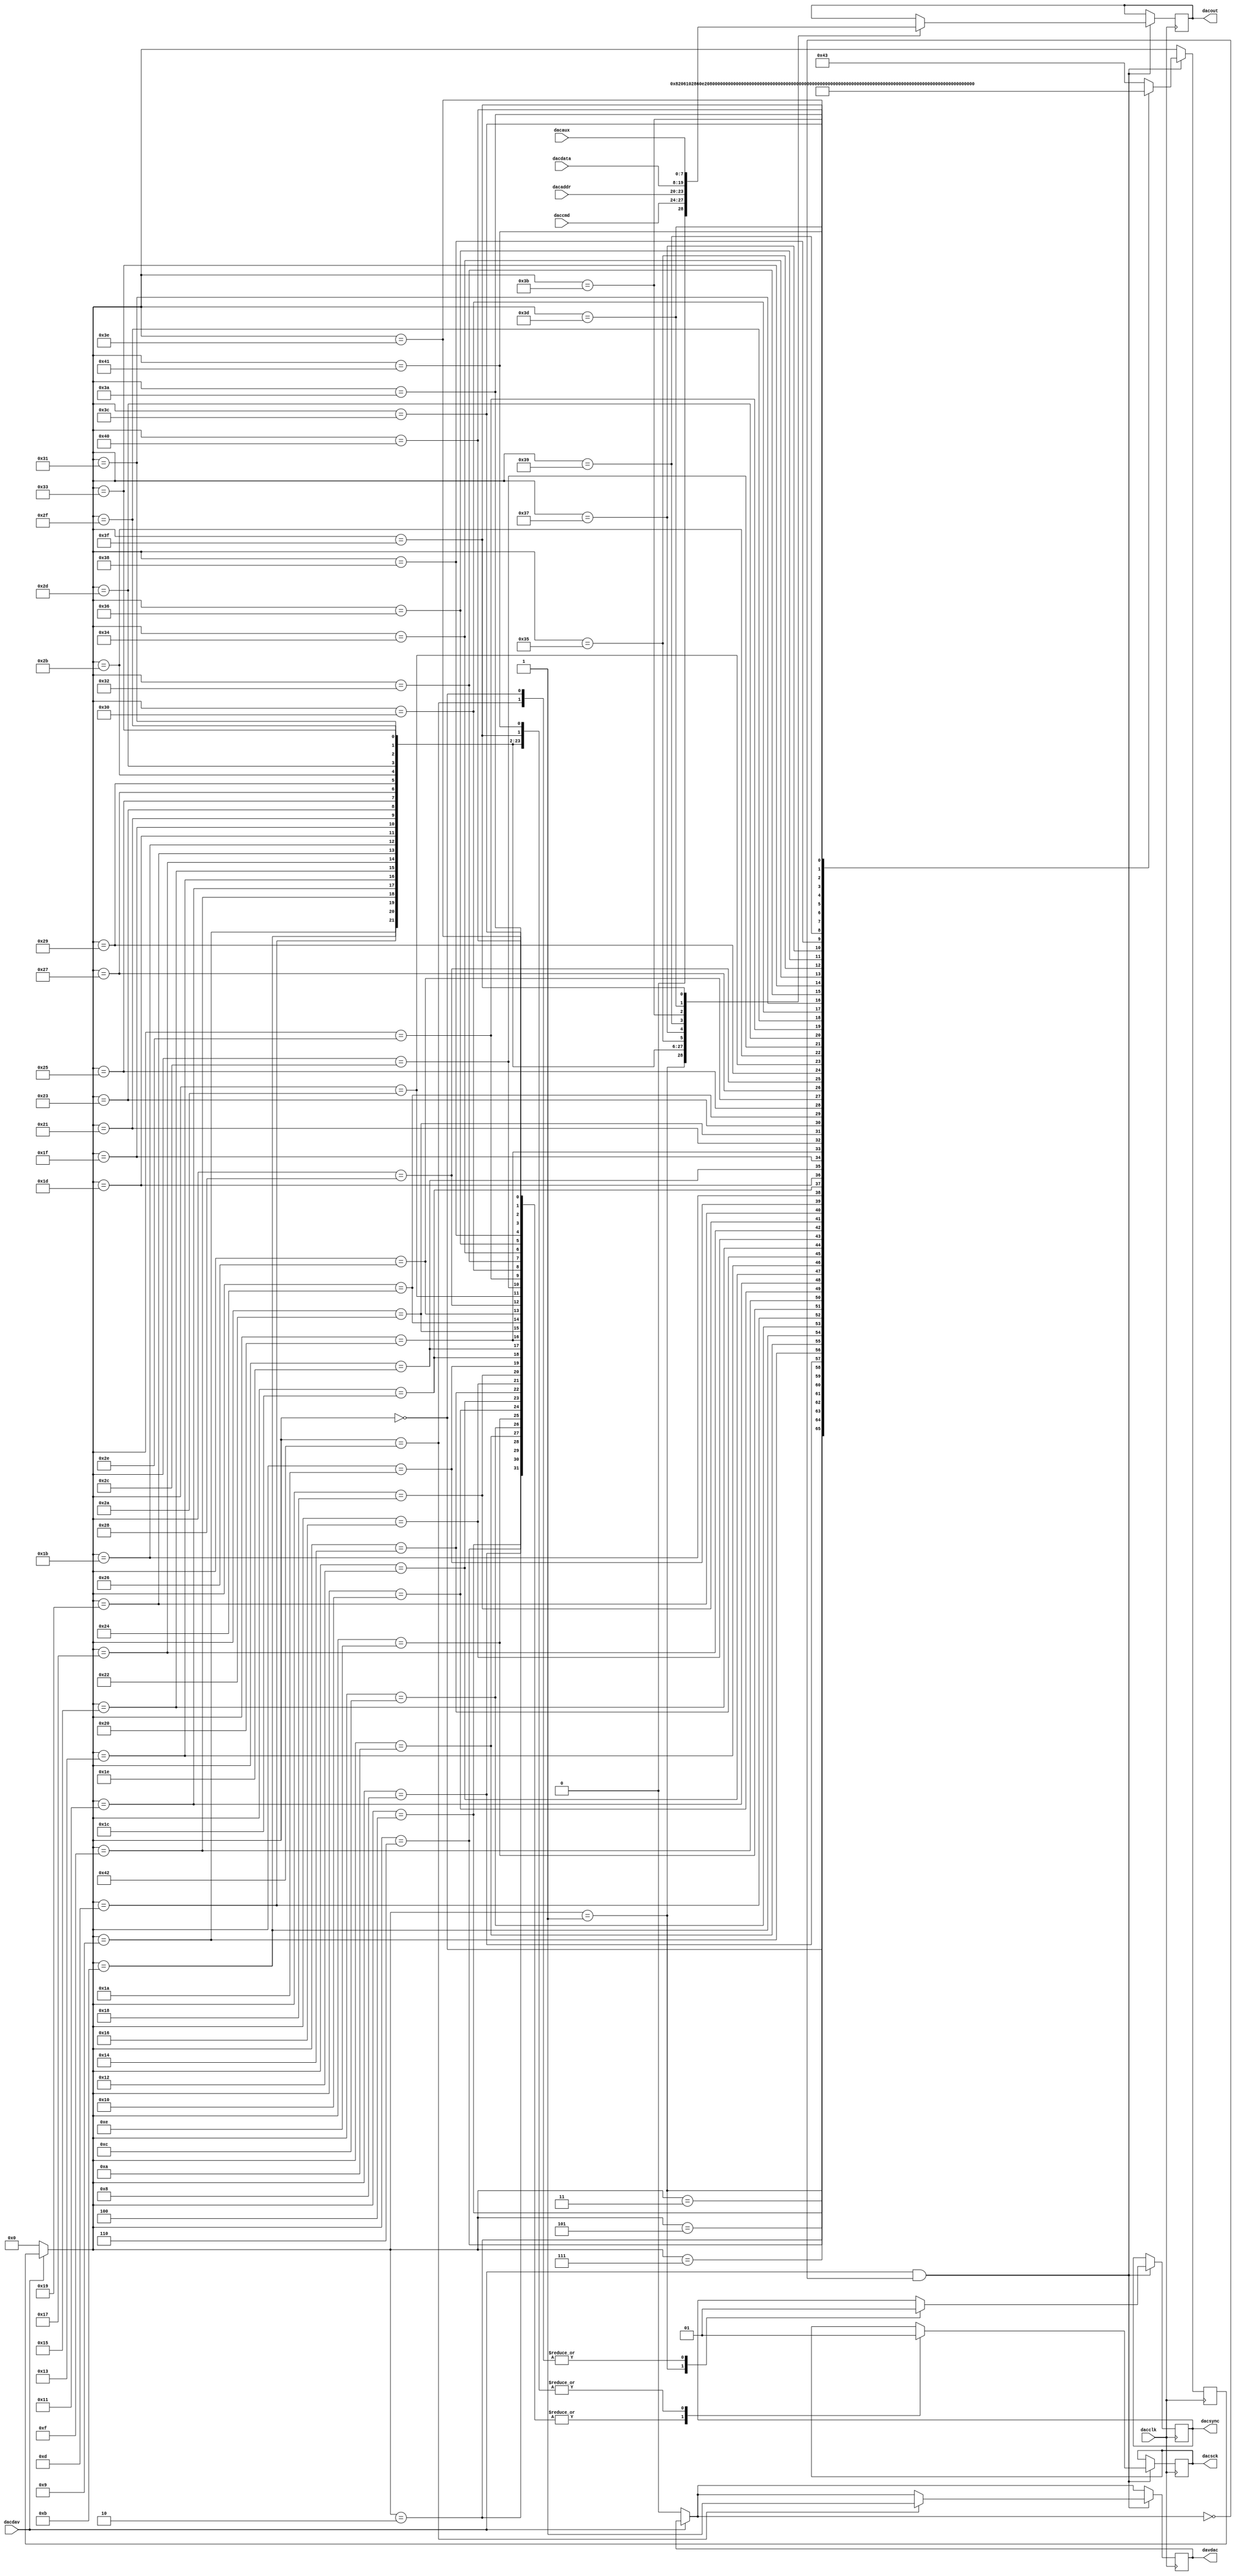
// Digital-to-Analog Converter da4dac.v
// c 2012 Embedded Design using Programmable Gate Arrays  Dennis Silage

module da4dac(input dacclk, input dacdav, output reg davdac,
				  output reg dacout, output reg dacsck=1,
				  output reg dacsync=1, input [3:0] daccmd,
				  input [3:0] dacaddr, input [11:0] dacdata,
				  input [7:0] dacaux);
					
reg [6:0] dacstate=0;

always@(posedge dacclk)
	begin
		if (dacdav==0)		// DAC data?	
				begin
					dacstate=0;
					davdac=0;	// DAC data NAK
				end
				
		if (dacdav==1 && davdac==0)
			begin
				case (dacstate)
				0: begin
						dacsync=1;
						dacsck=1;
						dacstate=1;
					end
				1: begin
						dacsync=0;
						dacout=0;	// X1 don't care
						dacstate=2;
					end
				2: begin
						dacsck=0;
						dacstate=3;
					end
				3: begin
						dacsck=1;	// X2 don't care
						dacstate=4;
					end
				4: begin
						dacsck=0;
						dacstate=5;
					end
				5: begin
						dacsck=1;	// X3 don't care
						dacstate=6;
					end
				6: begin
						dacsck=0;
						dacstate=7;
					end
				7: begin
						dacsck=1;	// X4 don't care
						dacstate=8;
					end
				8: begin
						dacsck=0;
						dacstate=9;
					end
				9: begin
						dacsck=1;
						dacout=daccmd[3];
						dacstate=10;
					end
				10: begin
						dacsck=0;
						dacstate=11;
					end
				11: begin
						dacsck=1;
						dacout=daccmd[2];
						dacstate=12;
					end			
				12: begin
						dacsck=0;
						dacstate=13;
					end
				13: begin
						dacsck=1;
						dacout=daccmd[1];
						dacstate=14;
					end			
				14: begin
						dacsck=0;
						dacstate=15;
					end
				15: begin
						dacsck=1;
						dacout=daccmd[0];
						dacstate=16;
					end			
				16: begin
						dacsck=0;
						dacstate=17;
					end
				17: begin
						dacsck=1;
						dacout=dacaddr[3];
						dacstate=18;
					end
				18: begin
						dacsck=0;
						dacstate=19;
					end
				19: begin
						dacsck=1;
						dacout=dacaddr[2];
						dacstate=20;
					end			
				20: begin
						dacsck=0;
						dacstate=21;
					end
				21: begin
						dacsck=1;
						dacout=dacaddr[1];
						dacstate=22;
					end			
				22: begin
						dacsck=0;
						dacstate=23;
					end
				23: begin
						dacsck=1;
						dacout=dacaddr[0];
						dacstate=24;
					end			
				24: begin
						dacsck=0;
						dacstate=25;
					end
				25: begin
						dacsck=1;
						dacout=dacdata[11];
						dacstate=26;
					end			
				26: begin
						dacsck=0;
						dacstate=27;
					end
				27: begin
						dacsck=1;
						dacout=dacdata[10];
						dacstate=28;
					end								
				28: begin
						dacsck=0;
						dacstate=29;
					end
				29: begin
						dacsck=1;
						dacout=dacdata[9];
						dacstate=30;
					end			
				30: begin
						dacsck=0;
						dacstate=31;
					end
				31: begin
						dacsck=1;
						dacout=dacdata[8];
						dacstate=32;
					end								
				32: begin
						dacsck=0;
						dacstate=33;
					end
				33: begin
						dacsck=1;
						dacout=dacdata[7];
						dacstate=34;
					end		
				34: begin
						dacsck=0;
						dacstate=35;
					end
				35: begin
						dacsck=1;
						dacout=dacdata[6];
						dacstate=36;
					end								
				36: begin
						dacsck=0;
						dacstate=37;
					end
				37: begin
						dacsck=1;
						dacout=dacdata[5];
						dacstate=38;
					end			
				38: begin
						dacsck=0;
						dacstate=39;
					end
				39: begin
						dacsck=1;
						dacout=dacdata[4];
						dacstate=40;
					end								
				40: begin
						dacsck=0;
						dacstate=41;
					end
				41: begin
						dacsck=1;
						dacout=dacdata[3];
						dacstate=42;
					end		
				42: begin
						dacsck=0;
						dacstate=43;
					end
				43: begin
						dacsck=1;
						dacout=dacdata[2];
						dacstate=44;
					end								
				44: begin
						dacsck=0;
						dacstate=45;
					end
				45: begin
						dacsck=1;
						dacout=dacdata[1];
						dacstate=46;
					end			
				46: begin
						dacsck=0;
						dacstate=47;
					end
				47: begin
						dacsck=1;
						dacout=dacdata[0];
						dacstate=48;
					end								
				48: begin
						dacsck=0;
						dacstate=49;
					end
				49: begin
						dacsck=1;
						dacout=dacaux[7];
						dacstate=50;
					end
				50: begin
						dacsck=0;
						dacstate=51;
					end
				51: begin
						dacsck=1;
						dacout=dacaux[6];
						dacstate=52;
					end
				52: begin
						dacsck=0;
						dacstate=53;
					end
				53: begin
						dacsck=1;
						dacout=dacaux[5];
						dacstate=54;
					end
				54: begin
						dacsck=0;
						dacstate=55;
					end
				55: begin
						dacsck=1;
						dacout=dacaux[4];
						dacstate=56;
					end
				56: begin
						dacsck=0;
						dacstate=57;
					end
				57: begin
						dacsck=1;
						dacout=dacaux[3];
						dacstate=58;
					end
				58: begin
						dacsck=0;
						dacstate=59;
					end
				59: begin
						dacsck=1;
						dacout=dacaux[2];
						dacstate=60;
					end
				60: begin
						dacsck=0;
						dacstate=61;
					end
				61: begin
						dacsck=1;
						dacout=dacaux[1];
						dacstate=62;
					end
				62: begin
						dacsck=0;
						dacstate=63;
					end
				63: begin
						dacsck=1;
						dacout=dacaux[0];
						dacstate=64;
					end
				64: begin
						dacsck=0;
						dacstate=65;
					end			
				65: begin
						dacsck=1;
						dacstate=66;
					end
				66: begin
						dacsync=1;
						davdac=1;	// DAC data ACK	
						dacstate=67;
					end			
				67: dacstate=67;
				default: dacstate=67;
				endcase
			end
	end
	
endmodule